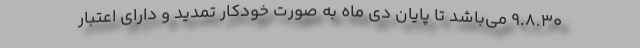
۹.۸.۳۰ می‌باشد تا پایان دی ماه به صورت خودکار تمدید و دارای اعتبار